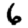
Digit: 6